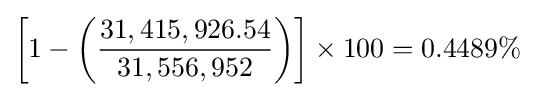
\left[1-\left({\frac {31,415,926.54}{31,556,952}}\right)\right]\times 100=0.4489\%